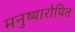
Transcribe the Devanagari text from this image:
मनुष्यारोपित